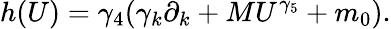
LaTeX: h(U)=\gamma_{4}(\gamma_{k}\partial_{k}+MU^{\gamma_{5}}+m_{0}).